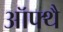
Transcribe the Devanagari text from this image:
ऑफ्थै